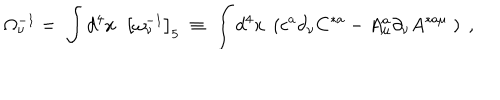
\Omega _ { \nu } ^ { - 1 } = \; \int d ^ { 4 } x \; \; \left[ \omega _ { \nu } ^ { - 1 } \right] _ { 5 } \; \equiv \; \int d ^ { 4 } x \; \left( c ^ { a } \partial _ { \nu } C ^ { * a } - A _ { \mu } ^ { a } \partial _ { \nu } A ^ { * a \mu } \; \right) \; ,